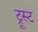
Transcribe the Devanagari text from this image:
ट्रूस्ट